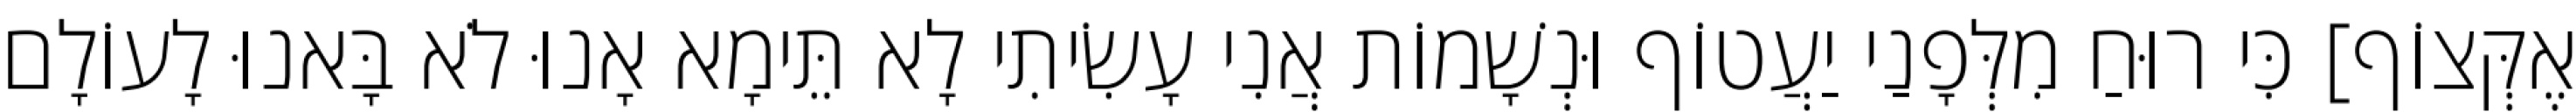
אֶקְּצוֹף] כִּי רוּחַ מִלְּפָנַי יַעֲטוֹף וּנְשָׁמוֹת אֲנִי עָשִׂיתִי לָא תֵּימָא אָנוּ לֹא בָּאנוּ לָעוֹלָם